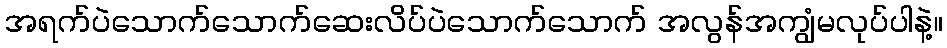
အရက်ပဲသောက်သောက်ဆေးလိပ်ပဲသောက်သောက် အလွန်အကျွံမလုပ်ပါနဲ့။